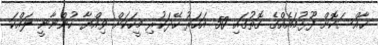
ޚާއްސަކޮށް ފޫޅުމައެއްގެ ގޮތުގައި 50 އަހަރު ހޭދަކުރި މީހަކަށް ވިއްޔާ ހުންނާނީ ލައްކަ